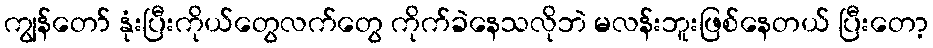
ကျွန်တော် နုံးပြီးကိုယ်တွေလက်တွေ ကိုက်ခဲနေသလိုဘဲ မလန်းဘူးဖြစ်နေတယ် ပြီးတော့